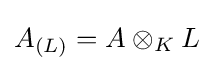
A_{(L)}=A\otimes _{K}L